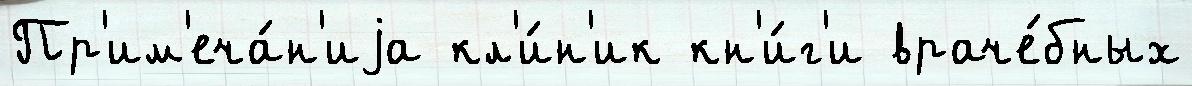
Пр'им'еча́н'иjа кл'и́н'ик кн'и́г'и враче́бных